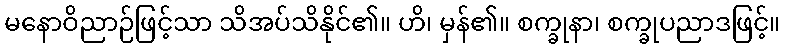
မနောဝိညာဉ်ဖြင့်သာ သိအပ်သိနိုင်၏။ ဟိ၊ မှန်၏။ စက္ခုနာ၊ စက္ခုပညာဒဖြင့်။